Report on vaccination North-West Frontier Province 1904-1922 - 1904-1922
Year: 1904
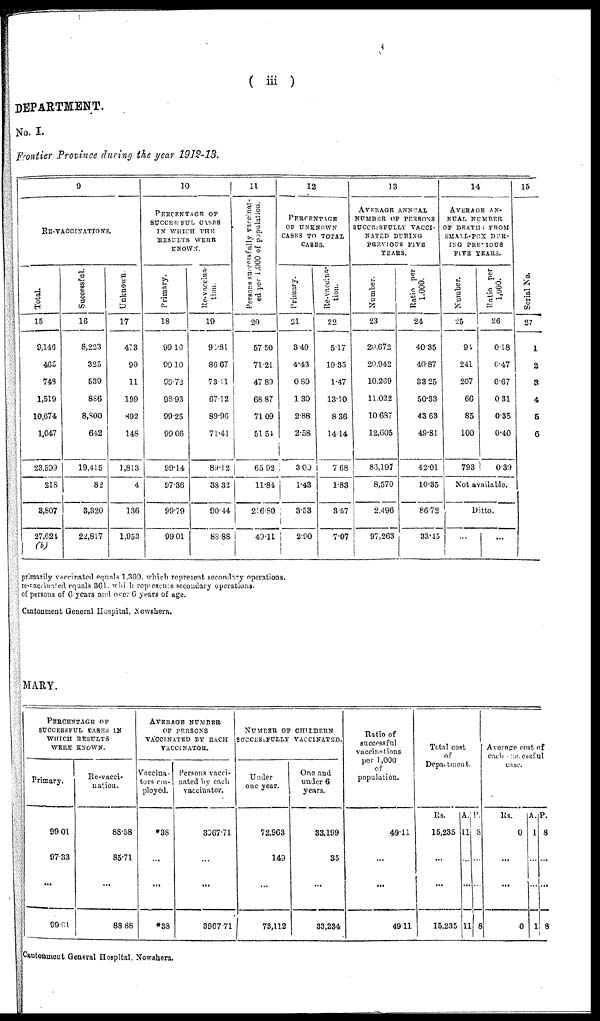
( iii )
DEPARTMENT.
No. I.
Frontier Province during the year 1912-13.
9
RE-VACCINATIONS.
Total.
15
9,146
465
748
1,519
10,674
1,047
23,599
218
3,807
27,624
(b)
Successful.
16
8,223
325
539
886
8,800
642
19,415
82
3,320
22,817
Unknown.
17
473
90
11
199
892
148
1,813
4
136
1,953
10
PERCENTAGE OF
SUCCESSFUL CASES
IN WHICH THE
RESULTS WERE
KNOWN.
Primary.
18
99.16
99.10
90.72
98.93
99.25
99.06
99.14
97.36
99.79
99.01
Re-vaccina-
tion.
19
91.81
86.67
73.11
67.12
89.96
71.41
89.12
38.32
90.44
83.88
11
Persons successfully vaccinat¬
ed per 1,000 of population.
20
57.50
71.21
47.89
68.87
71.09
51.54
65.92
11.84
216.80
40.11
12
PERCENTAGE
OF UNKNOWN
CASES TO TOTAL
CASES.
Primary.
21
3.49
4.43
0.80
1.30
2.88
2.58
3.00
1.43
3.53
2.90
Re-vaccina-
tion.
22
5.17
19.35
1.47
13.10
8.36
14.14
7.68
1.83
3.57
7.07
13
AVERAGE ANNUAL
NUMBER OF PERSONS
SUCCESSFULLY VACCI-
NATED DURING
PREVIOUS FIVE
YEARS.
Number.
23
20,672
20,942
10,269
11,022
10,687
12,605
86,197
8,570
2,496
97,263
Ratio per
1,000.
24
40.35
40.87
33.25
50.33
43.63
49.81
42.01
10.35
86.72
33.15
14
AVERAGE AN-
NUAL NUMBER
OF DEATHS FROM
SMALL-POX DUR¬
ING PREVIOUS
FIVE YEARS.
Number.
25
90
241
207
66
85
100
793
Ratio per
1,000.
26
0.18
0.47
0.67
0.31
0.35
0.40
0.39
Not available.
Ditto.
...
...
15
Serial No.
27
1
2
3
4
5
6
primarily vaccinated equals 1,300, which represent secondary operations.
re-vaccinated equals 361. which represents secondary operations.
of persons of 6 years and over 6 years of age.
Cantonment General Hospital, Nowshera.
MARY.
PERCENTAGE OF
SUCCESSFUL CASES IN
WHICH RESULTS
WERE KNOWN.
Primary.
99.01
97.33
...
99.61
Re-vacci-
nation.
88.88
85.71
...
88.88
AVERAGE NUMBER
OF PERSONS
VACCINATED BY EACH
VACCINATOR.
Vaccina¬
tors em¬
ployed.
*38
...
...
*38
Persons vacci-
nated by each
vaccinator.
3367.71
...
...
3967.71
NUMBER OF CHILDREN
SUCCESSFULLY VACCINATED.
Under
one year.
72,963
149
...
73,112
One and
under 6
years.
33,199
35
...
33,234
Ratio of
successful
vaccinations
per 1,000
of
population.
49.11
...
...
49.11
Total cost
of
Department.
Rs.
15,235
...
...
15,235
A.
11
...
...
11
P.
8
...
...
8
Average cost of
each successful
case.
Rs.
0
...
...
0
A.
1
...
...
1
P.
8
...
...
8
Cantonment General Hospital, Nowshera.